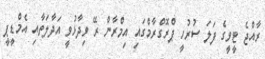
ރާއްޖެ ޓީވީގެ ފަލަ ސުރުހީ ޕްރޮގްރާމްގައި އިމްރާން ރޭ ވިދާޅުވީ އަދާލަތާއި އެމްޑީޕީ